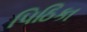
પિઠિકા